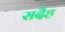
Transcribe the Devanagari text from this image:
सदैह